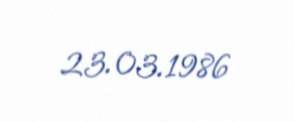
23.03.1986